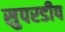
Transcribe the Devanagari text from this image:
सुपरडीप